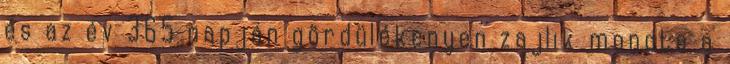
és az év 365 napján gördülékenyen zajlik mondta a